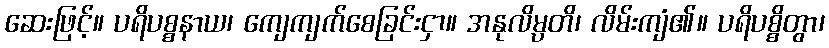
ဆေးဖြင့်။ ပရိပစ္စနာယ၊ ကျေကျက်စေခြင်းငှာ။ အနုလိမ္ပတိ၊ လိမ်းကျံ၏။ ပရိပစ္စိတွာ၊